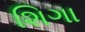
શિગા